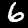
Digit: 6